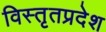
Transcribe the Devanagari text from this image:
विस्तृतप्रदेश